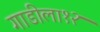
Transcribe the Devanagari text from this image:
गाडीला१२